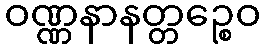
ဝဏ္ဏနာနတ္တဉ္စေဝ